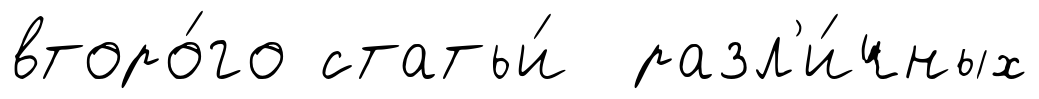
второ́го статьи́ разл'и́чных